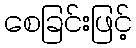
စေခြင်းဖြင့်